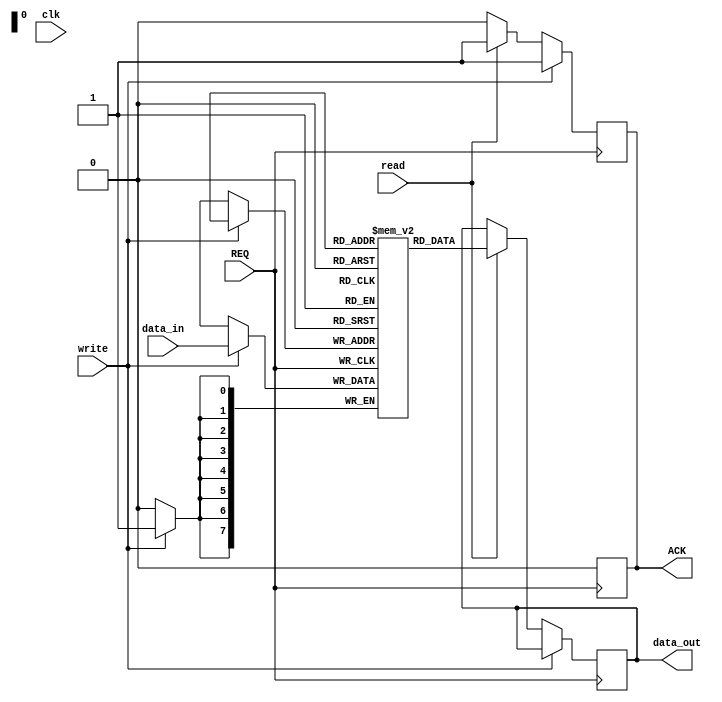
module MemoryBlock (
    input wire clk,                // Clock signal (not used in asynchronous design)
    input wire REQ,                // Request signal from the controller
    input wire [7:0] data_in,      // Data input for write operations
    output reg [7:0] data_out,     // Data output for read operations
    output reg ACK,                // Acknowledge signal to the controller
    input wire read,               // Read operation signal
    input wire write               // Write operation signal
);
    reg [7:0] memory [0:255];      // Simple memory array (256 x 8 bits)
    reg [7:0] address;              // Address for memory access

    always @(posedge REQ) begin
        ACK <= 0;                   // Deassert ACK initially
        if (write) begin
            memory[address] <= data_in; // Write data to memory
            ACK <= 1;               // Acknowledge the write operation
        end else if (read) begin
            data_out <= memory[address]; // Read data from memory
            ACK <= 1;               // Acknowledge the read operation
        end
    end

    always @(negedge REQ) begin
        ACK <= 0;                   // Deassert ACK when REQ goes low
    end

endmodule